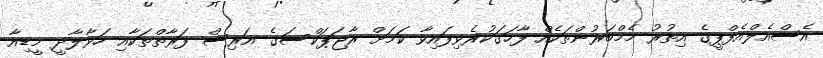
އެސްއެލްއެފްޕީގެ އިތުރު މެމްބަރުންތަކެއް ފާހަގަކުރެވިފައިވާ ކަމަށް ރާޖަޕަކްސަގެ އަރިސް ފަރާތްތަކާއި ހަވާލާދީ މީޑިއާ